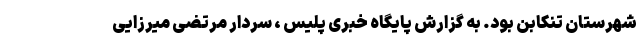
شهرستان تنکابن بود. به گزارش پایگاه خبری پلیس ، سردار مرتضی میرزایی